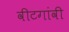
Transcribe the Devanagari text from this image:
वीटगांवी